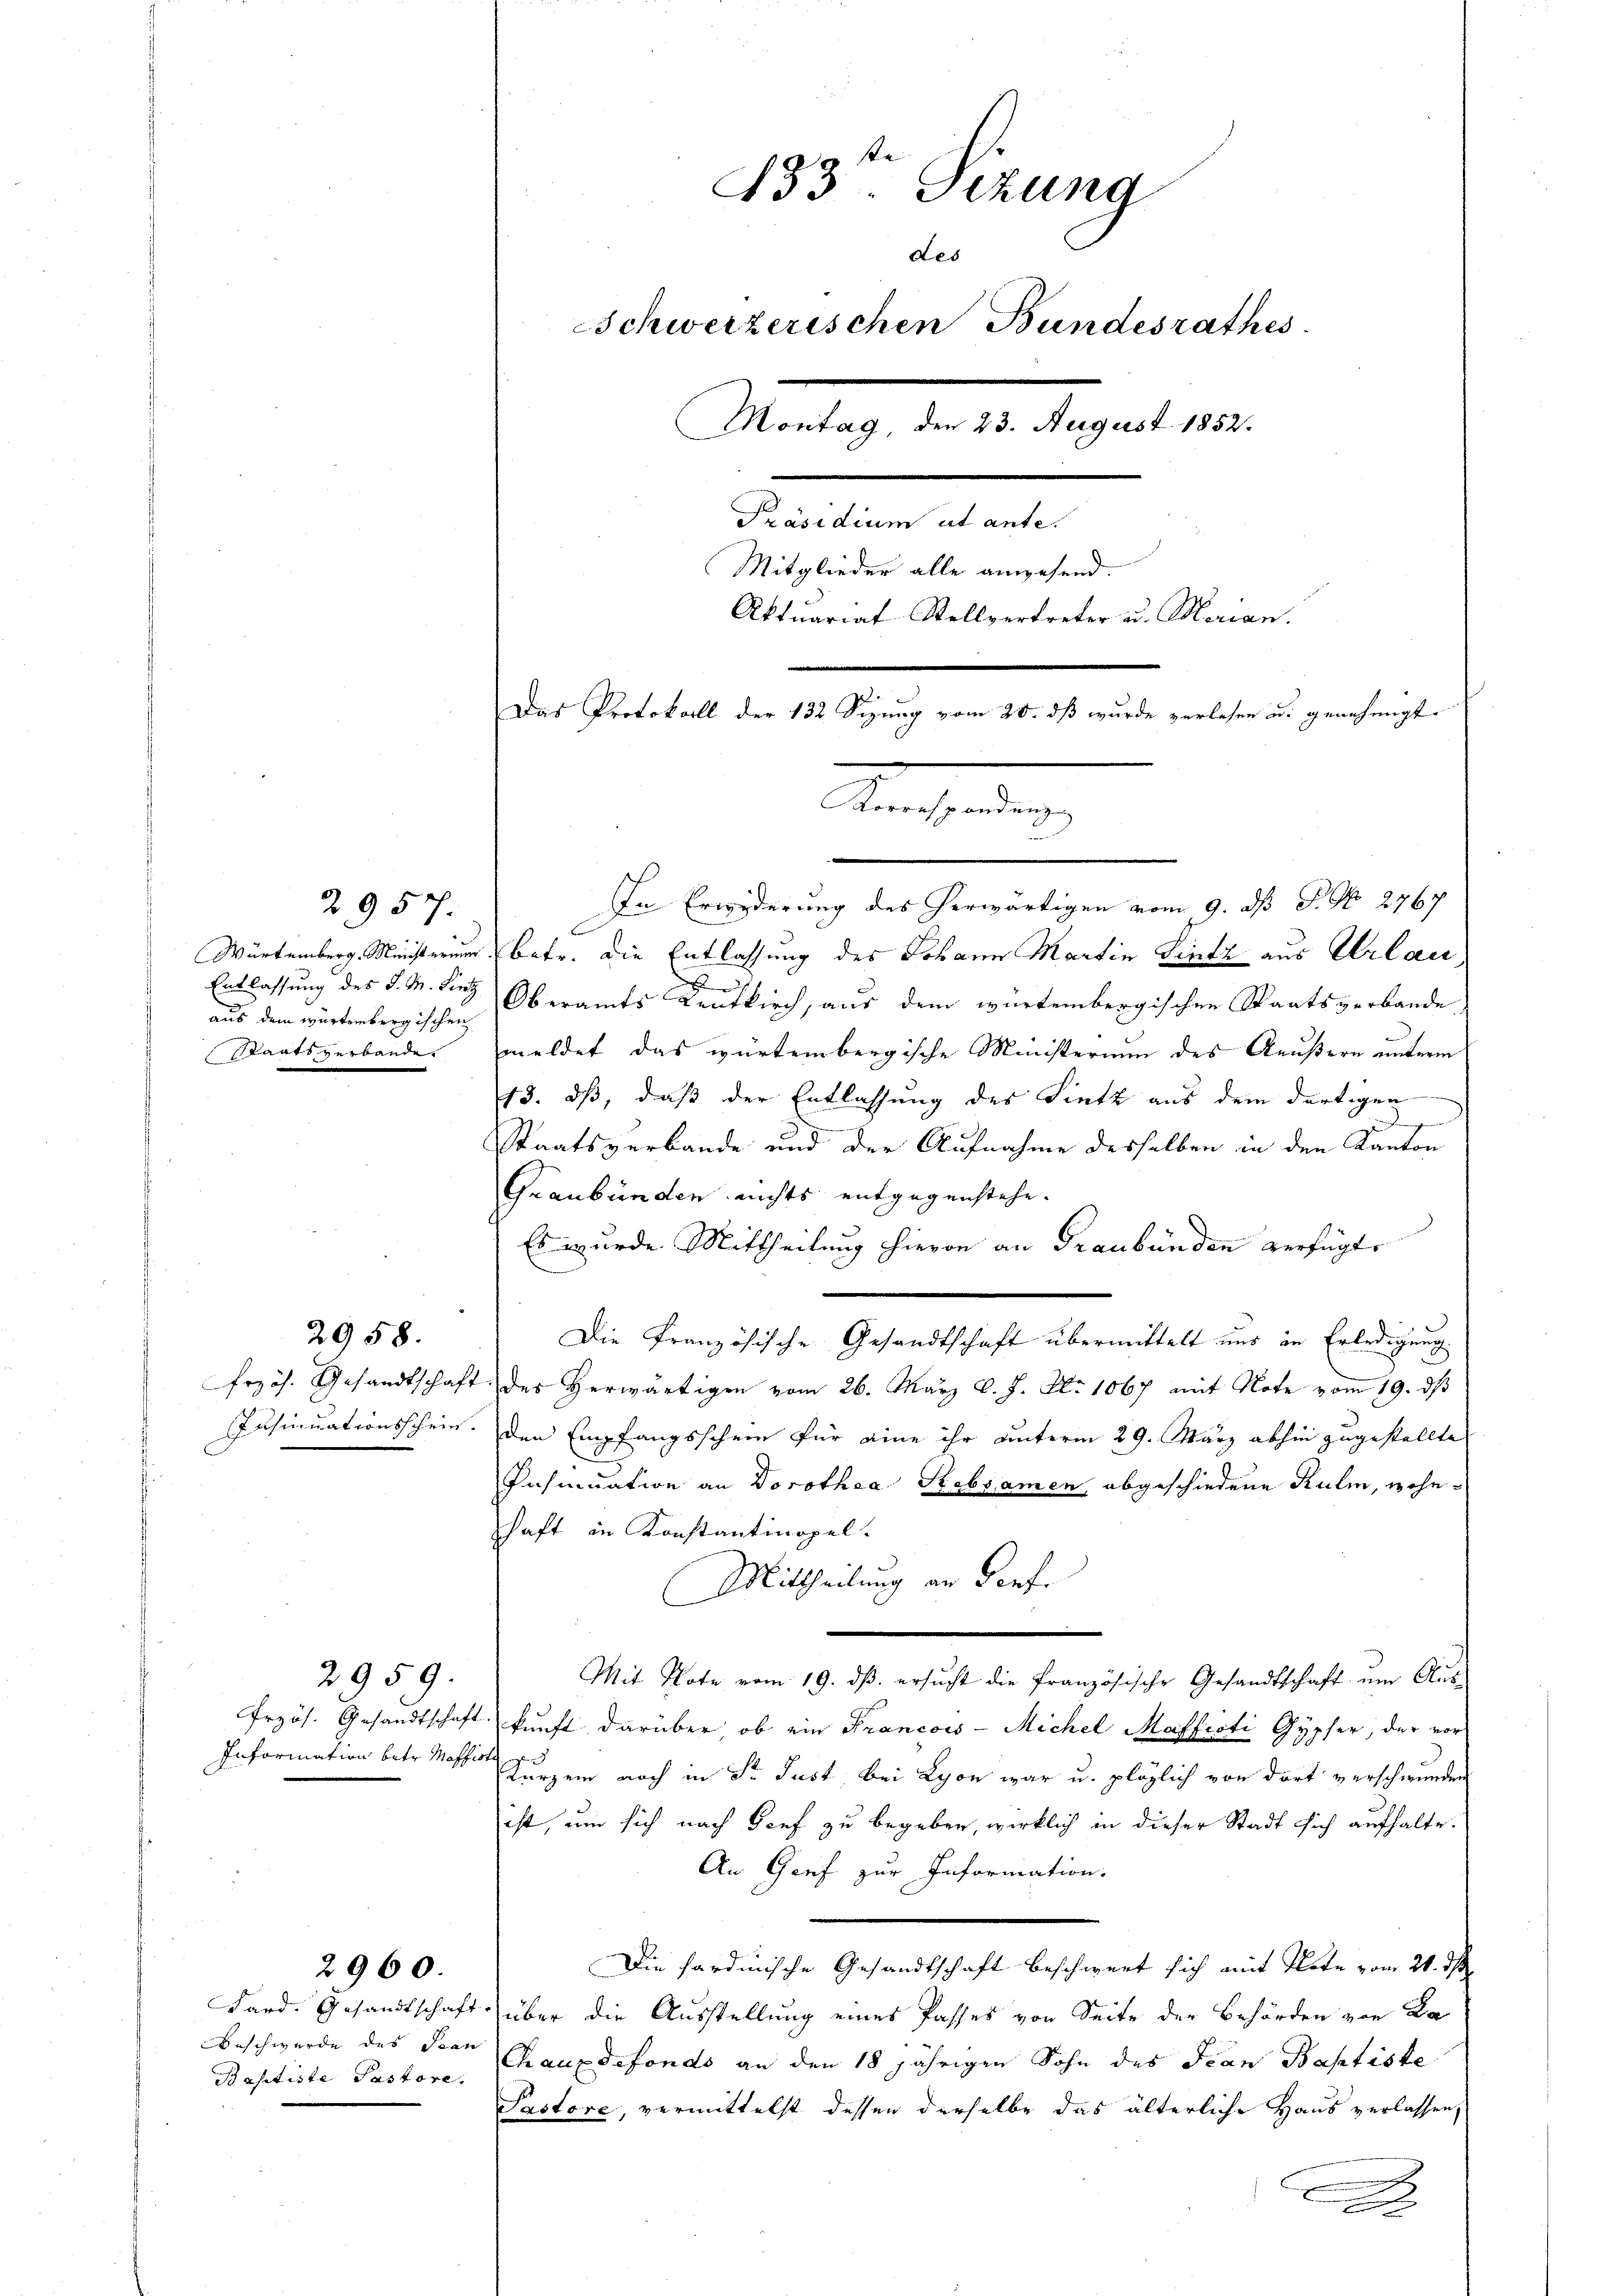
aus dem würtembergischen
Staatsverbande.

2957.

2958.

2959.

Beschwerde des Jean
Baptiste Pastore.

2960.

In Erwederung des herwärtigen vom 9. ds P. N. 2767.
Würtemberg. Meisterium betr. die Entlassung des Johann Martin Lintz aus Urlau
.
Entlassung des d. M. Sieg Oberamts Centkirch, aus dem würtembergischen Staatsverbande
meldet das würtembergische Ministerium des Aeußern unterm
13. ds, daß der Entlassung des Sintz aus dem dortigen
Staatsverbande und der Aufnahme desselben in den Kanton
Graubünden nichts entgegenstehe.
Es wurde Mittheilung hievon an Graubünden verfügt,
Die Französische Gesandtschaft übermittelt uns in Erledigung
frzös. Gesandtschaft des herwärtigen vom 26. März l. J. No 1067 mit Note vom 19. ds
Insinuationsschein. Den Empfangsschein für eine ihr unterm 29. März abhin zugestellte
Insinuation an Dorothea Rebsamen, abgeschiedene Kulm, wohnschaft in Konstantinopel.
Mittheilung an Dorf.
Mit Note vom 19. dβ ersŭcht die Französische Gesandtschaft ŭm Aŭs-
frzös. Gesandtschaft kunft darüber, ob ein Francois - Michel Mafficti Gypfer, der vor
Information betr. Moser Jugen noch in Dr Just, bei Lyon war u. pläglich von dort verschwunden
ist, um sich nach Genf zu begeben, wirklich in dieser Stadt sich aufhalte.
An Genf zur Information.
Die Sardinische Gesandtschaft beschwert sich mit Note vom 21. ds.
Sard. Gesandtschaft über die Ausstellung eines Passes von Seite der Behörden von Da
Chaux defondo an den 18 jährigen Sohn des Jean Baptiste
Pastore, vermittelst dessen derselbe das älterliche Haus verlassen,
J
.

433. Sizung
des
Schweizerischen Bundesrathes
Montag, den 23. August 1852.
Präsidium ut ante.
Mitglieder alle anwesend.
Aktuariat Stellvertreter u. Merian.
Das Protokoll der 132 Sizung vom 20. dß wurde verlesen u. genehmigt.

Reicherung

n